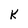
Character: k